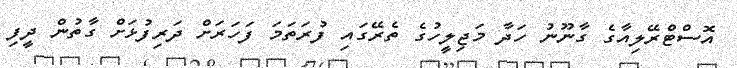
އޮސްޓްރޭލިއާގެ ގާނޫނު ހަދާ މަޖިލީހުގެ ތެރޭގައި ފުރަތަމަ ފަހަރަށް ދަރިފުޅަށް ގާތުން ދީފި